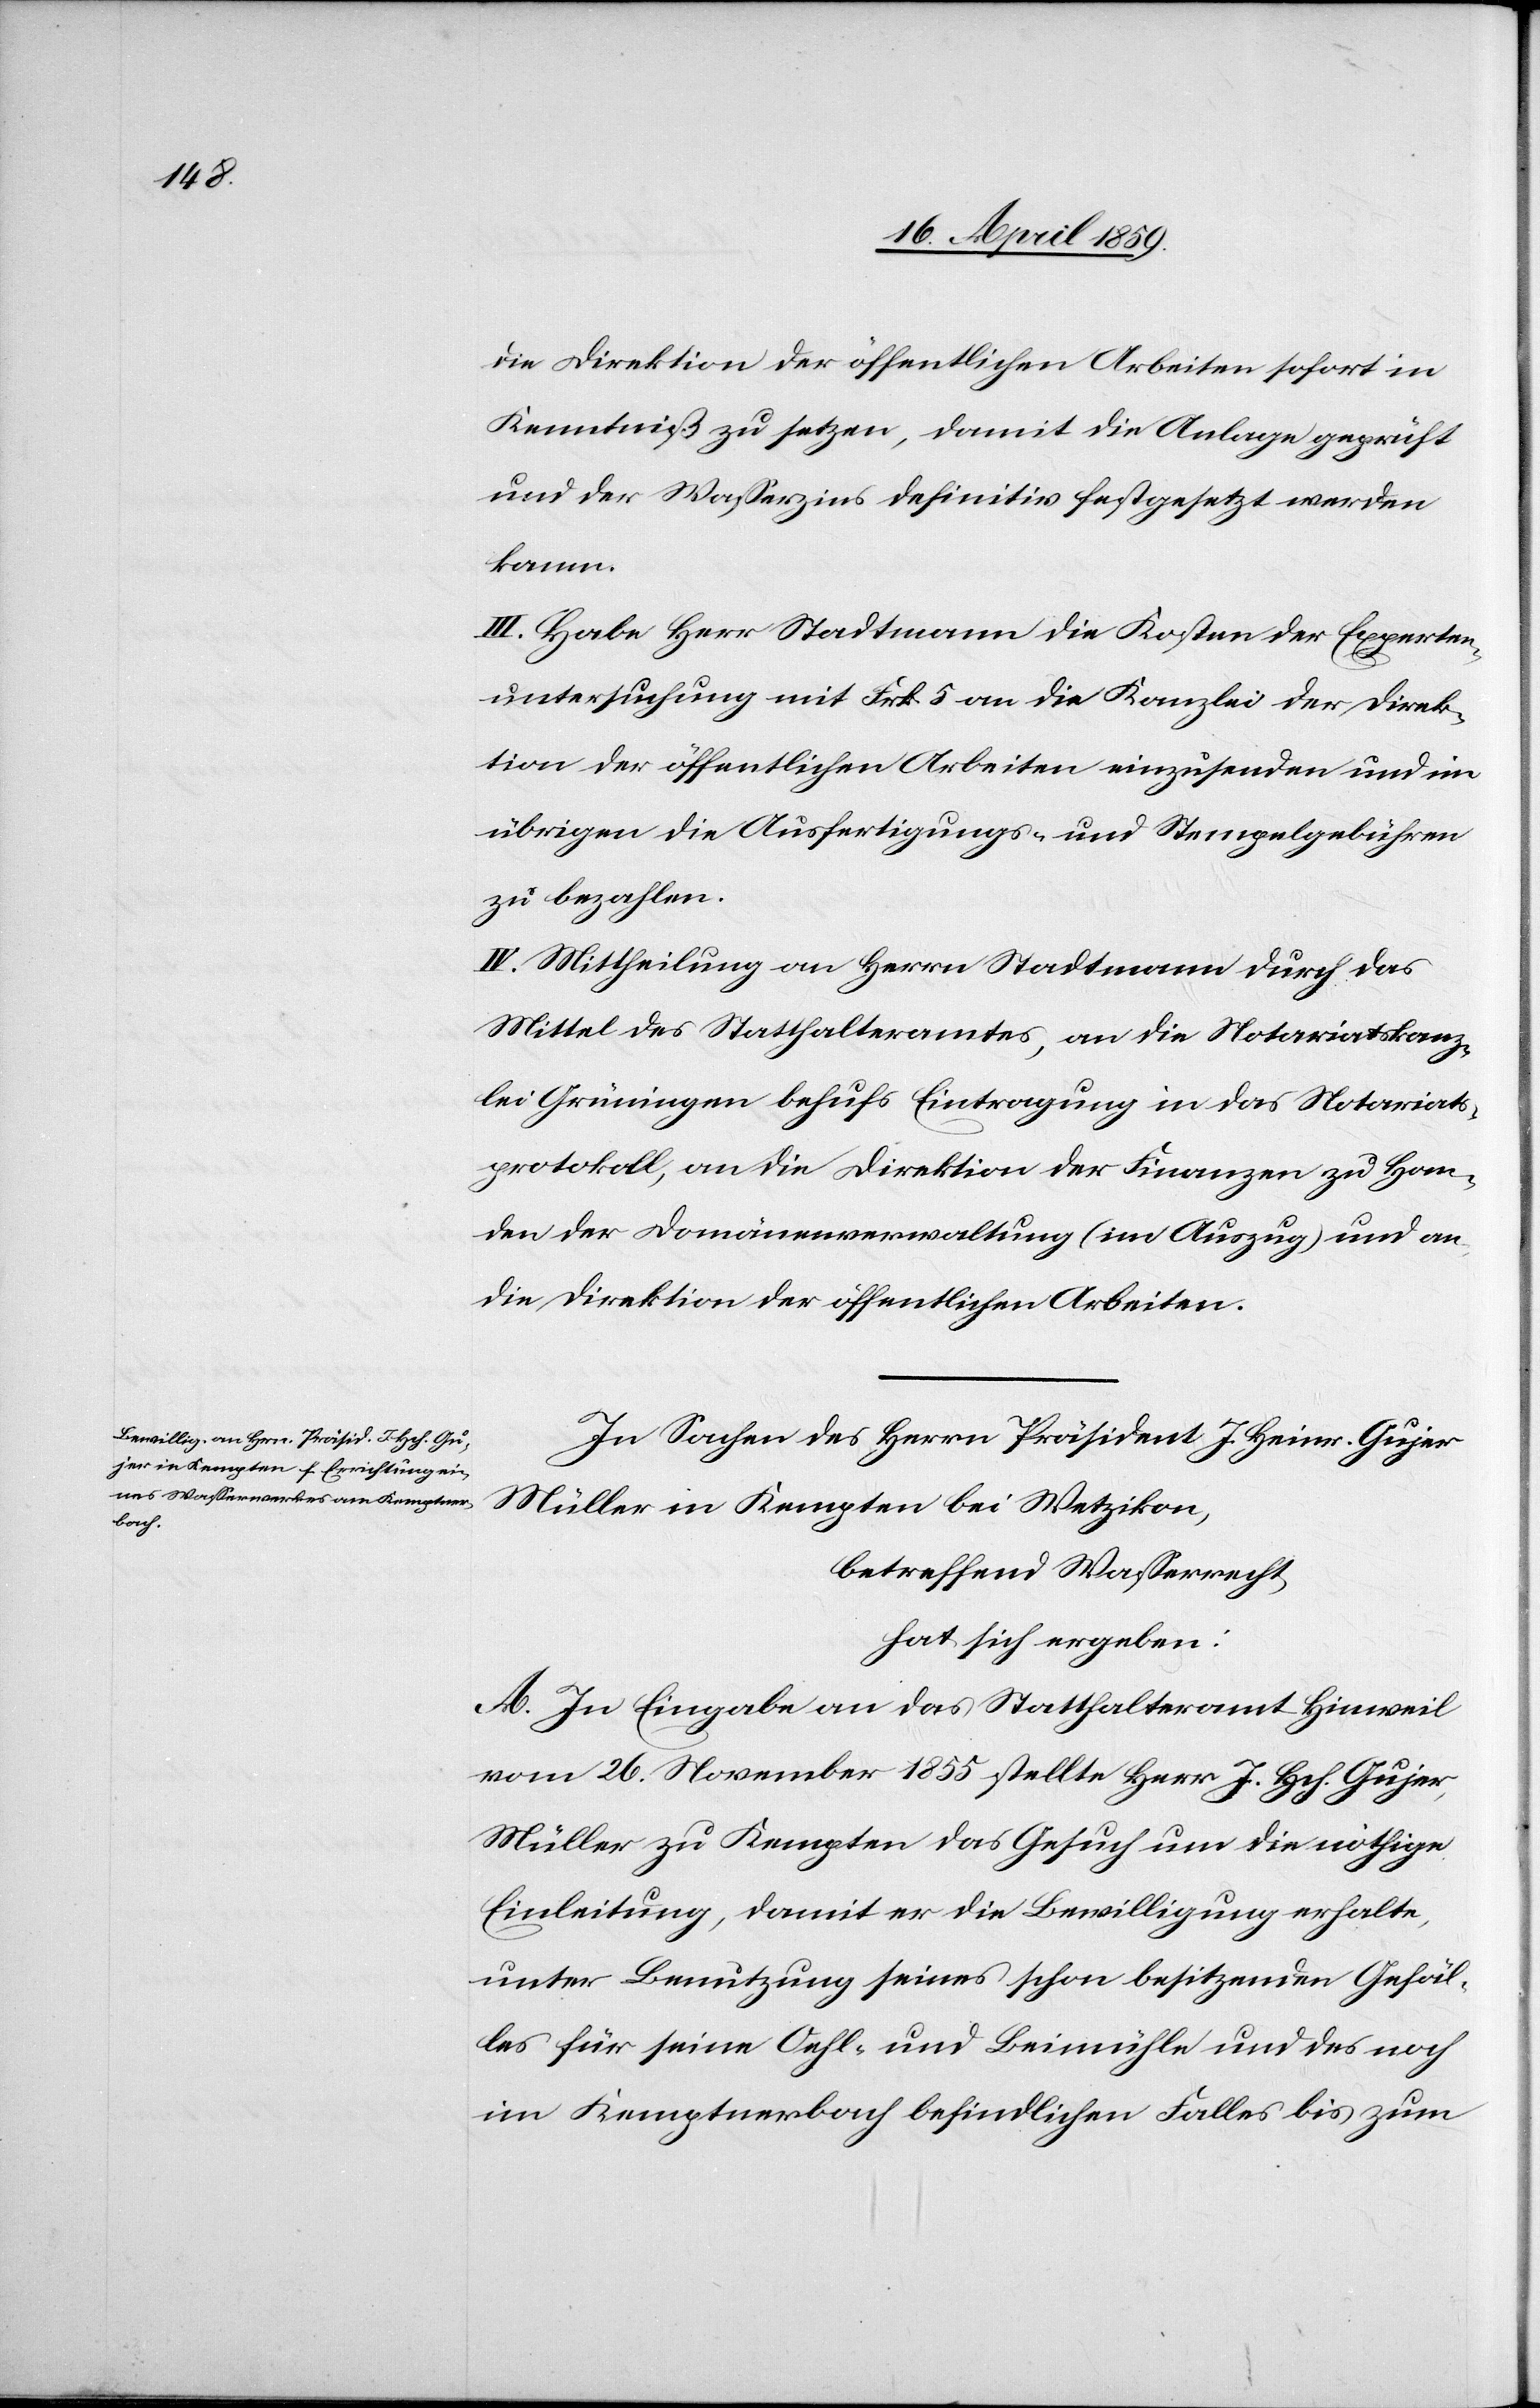
die Direktion der öffentlichen Arbeiten sofort in
Kenntniß zu setzen, damit die Anlage geprüft
und der Waßerzins definitiv festgesezt werden
kann.
III. Habe Herr Stadtmann die Kosten der Experten¬
untersuchung mit Frk. 5 an die Kanzlei der Direk¬
tion der öffentlichen Arbeiten einzusenden und im
übrigen die Ausfertigungs- und Stempelgebühren
zu bezahlen.
IV. Mittheilung an Herrn Stadtmann durch das
Mittel des Statthalteramtes, an die Notariatskanz¬
lei Grüningen behufs Eintragung in das Notariats¬
protokoll, an die Direktion der Finanzen zu Han¬
den der Domänenverwaltung (im Auszug) und an
die Direktion der öffentlichen Arbeiten.
In Sachen des Herrn Präsident J. Heinr. Gujer[,]
Müller in Kempten bei Wetzikon,
betreffend Waßerrecht,
hat sich ergeben:
A. In Eingabe an das Statthalteramt Hinweil
vom 26. November 1855 stellte Herr J. Hch. Gujer,
Müller zu Kempten das Gesuch um die nöthige
Einleitung, damit er die Bewilligung erhalte,
unter Benutzung seines schon besitzenden Gefäl¬
les für seine Oehl- und Beimühle und des noch
im Kemptnerbach befindlichen Falles bis zum